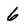
Character: 6